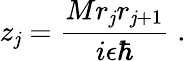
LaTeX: z_{\mathit{j}}=\frac{{Mr_{\mathit{j}}r_{\mathit{j}+1}}}{{i\epsilon\hbar}}\; .